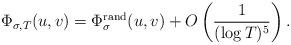
LaTeX: \begin{align*}\Phi_{\sigma,T}(u, v)= \Phi_{\sigma}^{\textup{rand}}(u,v)+ O\left(\frac{1}{(\log T)^5}\right).\end{align*}